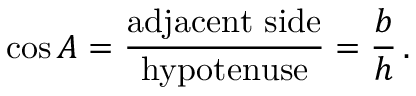
\cos A = { \frac { \mathrm { a d j a c e n t ~ s i d e } } { \mathrm { h y p o t e n u s e } } } = { \frac { b } { h } } \, .